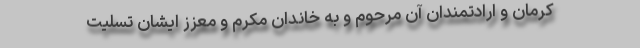
کرمان و ارادتمندان آن مرحوم و به خاندان مکرّم و معزّز ایشان تسلیت